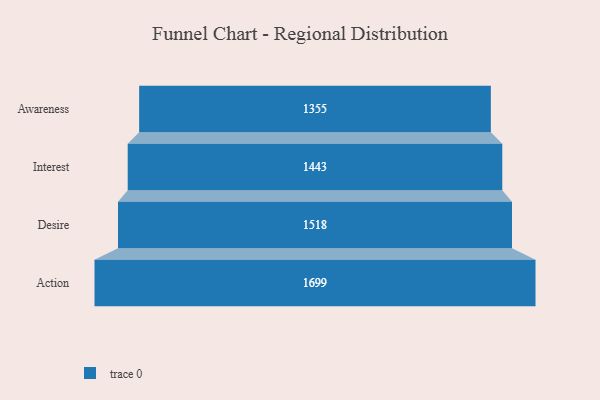
{"axis": {"x": "Stage", "y": "Value"}, "legend": [""], "data": [{"x": "Awareness", "y": 1355.0, "type": ""}, {"x": "Interest", "y": 1443.0, "type": ""}, {"x": "Desire", "y": 1518.0, "type": ""}, {"x": "Action", "y": 1699.0, "type": ""}]}